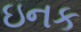
ઇનક